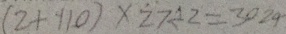
( 2 + 1 1 0 ) \times 2 7 \div 2 = 3 0 2 4